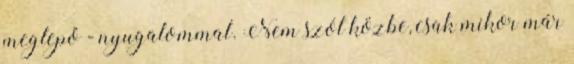
meglepő - nyugalommal. Nem szól közbe, csak mikor már